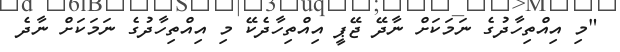
"މި އިއްތިހާދުގެ ނަމަކަށް ނާދޭ ޖޭޕީ އިއްތިހާދެކޭ މި އިއްތިހާދުގެ ނަމަކަށް ނާދެ